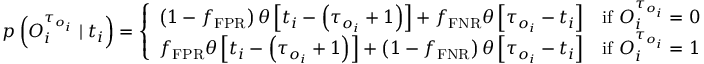
p \left( O _ { i } ^ { \tau _ { o _ { i } } } \mid t _ { i } \right) = \left\{ \begin{array} { l l } { \left( 1 - f _ { \mathrm { F P R } } \right) \theta \left[ t _ { i } - \left( \tau _ { o _ { i } } + 1 \right) \right] + f _ { \mathrm { F N R } } \theta \left[ \tau _ { o _ { i } } - t _ { i } \right] } & { \mathrm { i f ~ } O _ { i } ^ { \tau _ { o _ { i } } } = 0 } \\ { f _ { \mathrm { F P R } } \theta \left[ t _ { i } - \left( \tau _ { o _ { i } } + 1 \right) \right] + \left( 1 - f _ { \mathrm { F N R } } \right) \theta \left[ \tau _ { o _ { i } } - t _ { i } \right] } & { \mathrm { i f ~ } O _ { i } ^ { \tau _ { o _ { i } } } = 1 } \end{array} \right.